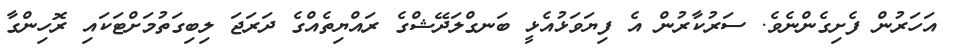
އަހަރުން ފެށިގެންނެވެ. ސަރުކާރުން އެ ފިޔަވަޅުއެޅީ ބަނގްލަދޭޝްގެ ރައްޔިތެއްގެ ދަރަޖަ ލިބިގަތުމަށްޓަކައި ރޮހިންގާ